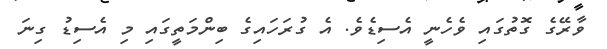
ވާރޭގެ ގޮތުގައި ވެހެނީ އެސިޑެވެ. އެ ގުރަހައިގެ ބިންމަތީގައި މި އެސިޑު ގިނަ